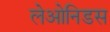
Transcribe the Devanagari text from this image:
लेओनिडस